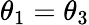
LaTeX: \theta_{1}=\theta_{3}